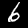
Digit: 6